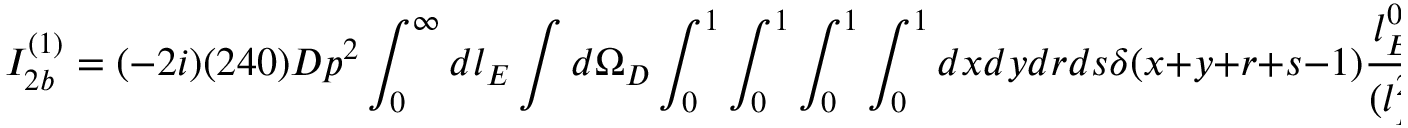
I _ { 2 b } ^ { ( 1 ) } = ( - 2 i ) ( 2 4 0 ) D p ^ { 2 } \int _ { 0 } ^ { \infty } d l _ { E } \int d \Omega _ { D } \int _ { 0 } ^ { 1 } \int _ { 0 } ^ { 1 } \int _ { 0 } ^ { 1 } \int _ { 0 } ^ { 1 } d x d y d r d s \delta ( x + y + r + s - 1 ) \frac { l _ { E } ^ { 0 } ( y + s ) } { ( l _ { E } ^ { 2 } + \Delta ) ^ { 6 } } \, .